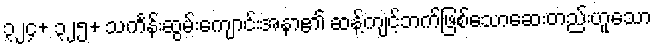
၃၂၄+ ၃၂၅+ သင်္ကန်းဆွမ်းကျောင်းအနာ၏ ဆန့်ကျင့်ဘက်ဖြစ်သောဆေးတည်းဟူသော